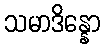
သမာဒိန္နော